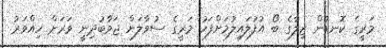
މަރީގެ ކޮނޑުން ޒިލާގެ ބޯ އުފުލައިލުމަށްފަހު މަރީގެ ސުވާލަށް ޖަވާބުދިނީ ވަރަށް ހިއްވަރު